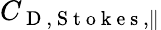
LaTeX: C_{\mathrm{~D~,~S~t~o~k~e~s~},\parallel}